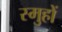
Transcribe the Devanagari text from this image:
स्मुहों